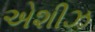
એશીઝ